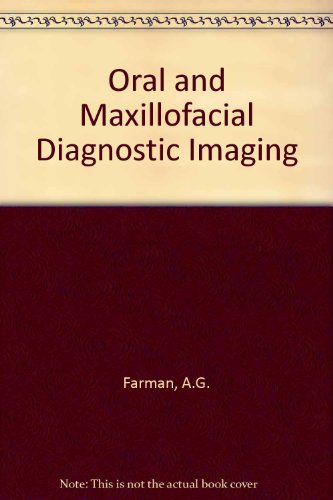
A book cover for Oral and Maxillofacial Diagnostic Imaging; Allan G. Farman; Medical Books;